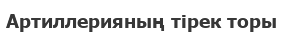
Артиллерияның тірек торы